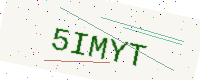
Text: 5IMYT